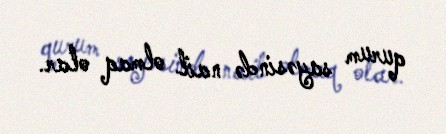
qurum sayəsində nail olmaq olar.